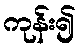
ကုန်း၍